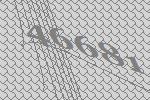
46681